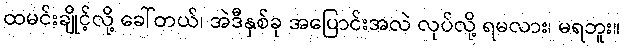
ထမင်းချိုင့်လို့ ခေါ်တယ်၊ အဲဒီနှစ်ခု အပြောင်းအလဲ လုပ်လို့ ရမလား၊ မရဘူး။